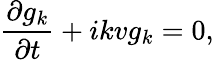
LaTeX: \frac{\partial g_{k}}{\partial t}+ikvg_{k}=0,